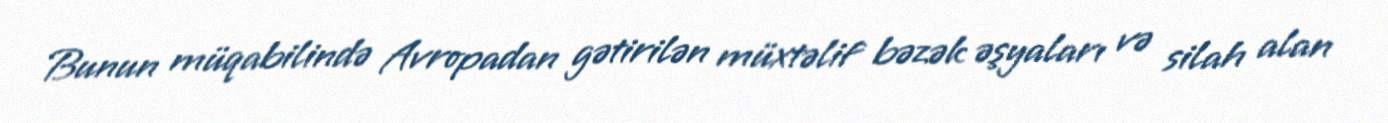
Bunun müqabilində Avropadan gətirilən müxtəlif bəzək əşyaları və silah alan